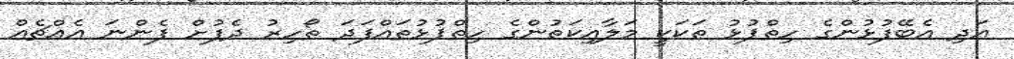
އަދި އެބޭފުޅުންގެ ހިތްޕުޅު ތަކަކީ މަލާއިކަތުންގެ ހިތްޕުޅުތައްފަދަ ތޯހިރު ދެފުށް ފެންނަ އެއްޗެއް